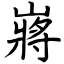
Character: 嶈